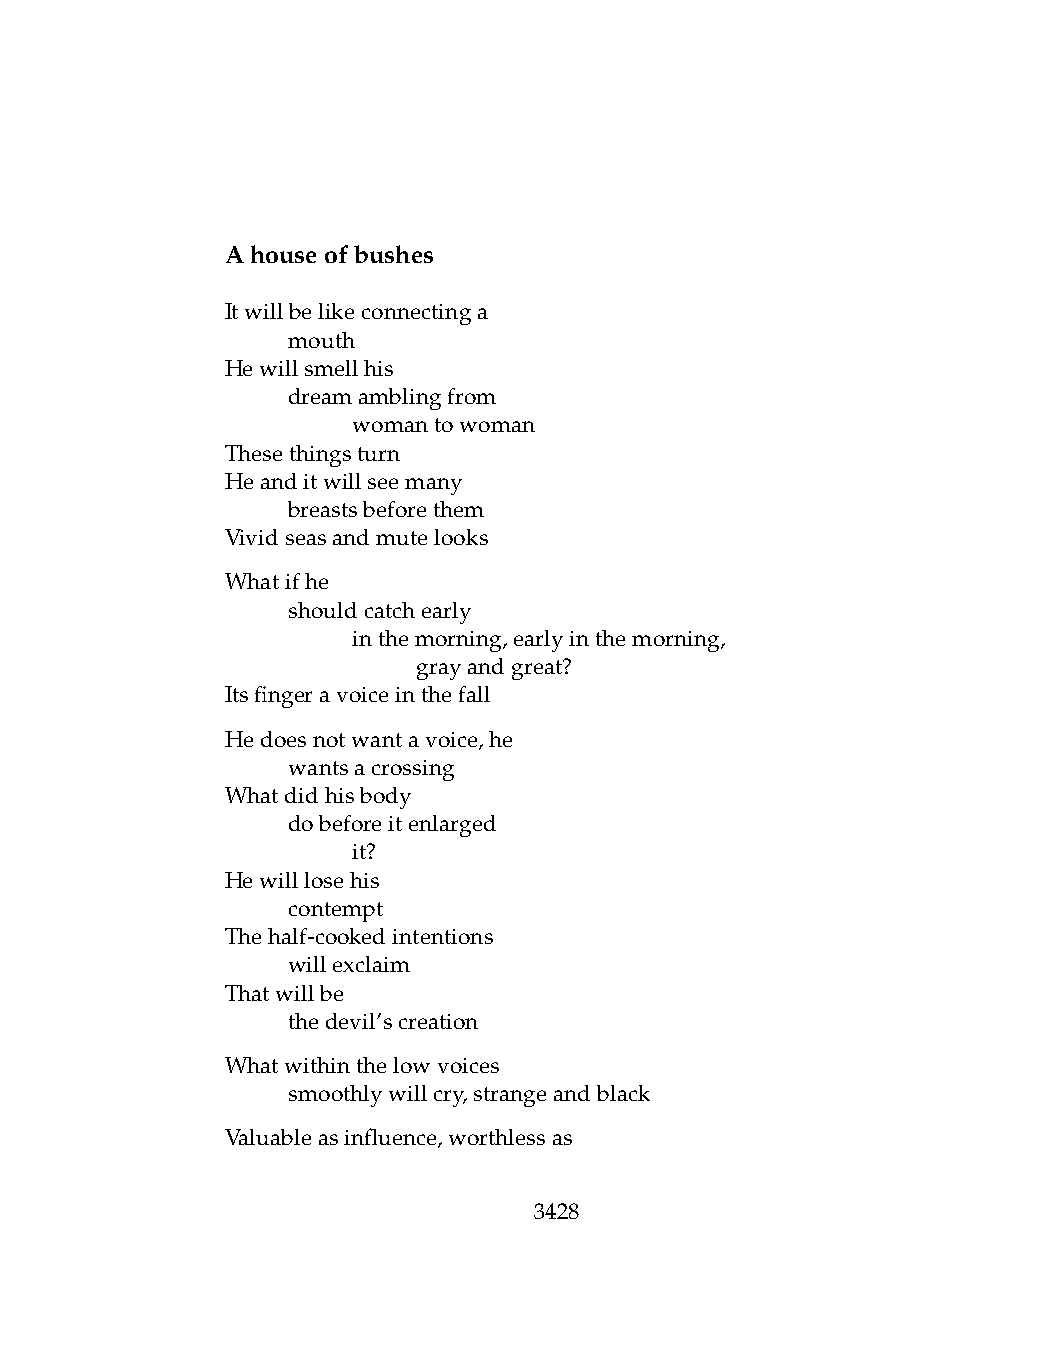
Ahouseofbushes
 Itwillbelikeconnectinga
 .   mouth
 Hewillsmellhis
 .   dreamamblingfrom
 .   .   womantowoman
 Thesethingsturn
 Heanditwillseemany
 .   breastsbeforethem
 Vividseasandmutelooks
 Whatifhe
 .   shouldcatchearly
 .   .   inthemorning,earlyinthemorning,
 .   .   .    grayandgreat?
 Itsfingeravoiceinthefall
 Hedoesnotwantavoice,he
 .   wantsacrossing
 Whatdidhisbody
 .   dobeforeitenlarged
 .   .   it?
 Hewilllosehis
 .   contempt
 Thehalf-cookedintentions
 .   willexclaim
 Thatwillbe
 .   thedevil’screation
 Whatwithinthelowvoices
 .   smoothlywillcry,strangeandblack
 Valuableasinfluence,worthlessas
 3428